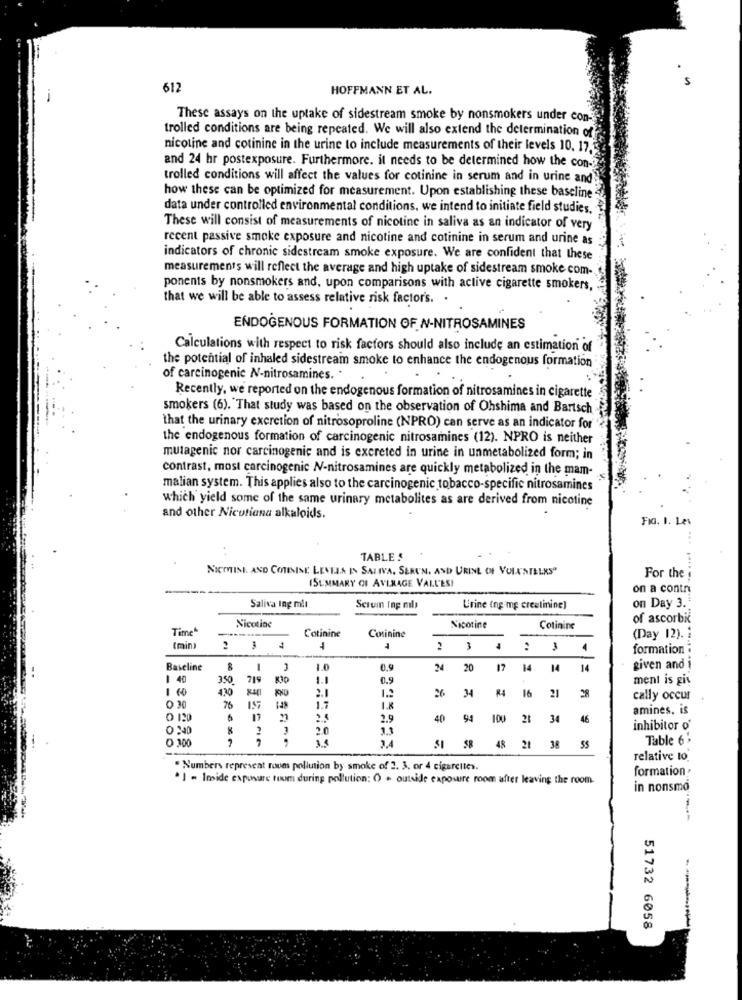
612
HOFFMANN ET AL.
These assays on the uptake of sidestream smoke by nonsmokers under con-
trolled conditions are being repeated. We will also extend the determination of
nicotine and cotinine in the urine to include measurements of their levels 10, 17,5
and 24 hr postexposure. Furthermore. it needs to be determined how the con-
trolled conditions will affect the values for cotinine in serum and in urine and
how these can be optimized for measurement. Upon establishing these baseline
data under controlled environmental conditions, we intend to initiate field studies.
These will consist of measurements of nicotine in saliva as an indicator of very
recent passive smoke exposure and nicotine and cotinine in serum and urine as
indicators of chronic sidestream smoke exposure. We are confident that these
measurements will reflect the average and high uptake of sidestream smoke com-
ponents by nonsmokers and, upon comparisons with active cigarette smokers,
that we will be able to assess relative risk factor's. .
ENDOGENOUS FORMATION OF N-NITROSAMINES
Calculations with respect to risk factors should also include an estimation of
the potential of inhaled sidestream smoke to enhance the endogenous formation
of carcinogenic N-nitrosamines. .
Recently, we reported on the endogenous formation of nitrosamines in cigarette
smokers (6). "That study was based on the observation of Ohshima and Bartsch
that the urinary excretion of nitrosoproline (NPRO) can serve as an indicator for
the endogenous formation of carcinogenic nitrosamines (12). NPRO is neither
mutagenic nor carcinogenic and is excreted in urine in unmetabolized form; in
contrast, most carcinogenic N-nitrosamines are quickly metabolized in the mam-
malian system. This applies also to the carcinogenic tobacco-specific nitrosamines
which yield some of the same urinary metabolites as are derived from nicotine
and other Nicotiana alkaloids.
FIG. 1. Les
TABLE
NICOTINE AND COTININE LEVELS IN SALIVA, SERUN, AND URINE OF VOLKSTELES"
ISUMMARY OF AVERAGE VALL'ES!
For the
on a contr
on Day 3.
Saliva Ing mit
Scrum Ing ml)
Urine Ing mg creatinine)
of ascorbic
Time
Nicotine
Nicotine
Cotinine
Cotinine
Coinine
(Day 12).
(min)
4
2 3
formation :
Baseline
1
3
1.0
0.9
20
17
14
14
14
given and i
1 40
350
719
K30
1.1
0.9
ment is gis
1 60
4.30
2.1
26
34
84
1.2
16
21
cally occur
0 30
76
1.7
1.8
amines, is
O 120
6
2.9
40
94
100 28
34
46
0 :40
2.0
1.1
inhibitor o'
0 100
1.4
Table 6
58
48 21 38 55
relative to.
" Numbers represent roues pollution by smoke of 2. 3. or 4 cigarettes.
formation
* 1 - Inside exposure toum during pollution: O . outside exposure room after leaving the room.
in nonsmo
51732 6058
----